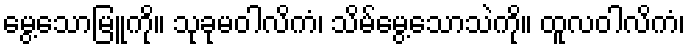
မွေ့သောမြူကို။ သုခုမဝါလိကံ၊ သိမ်မွေ့သောသဲကို။ ထူလဝါလိကံ၊